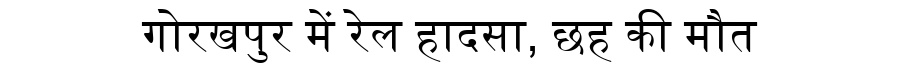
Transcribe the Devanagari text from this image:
गोरखपुर में रेल हादसा, छह की मौत